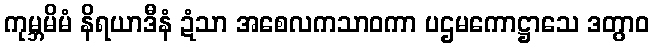
ကုမ္ဘမိမံ နိရယာဒီနံ ဍံသာ အစေလကသာဝကာ ပဌမကောဋ္ဌာသေ ဒတွာဝ